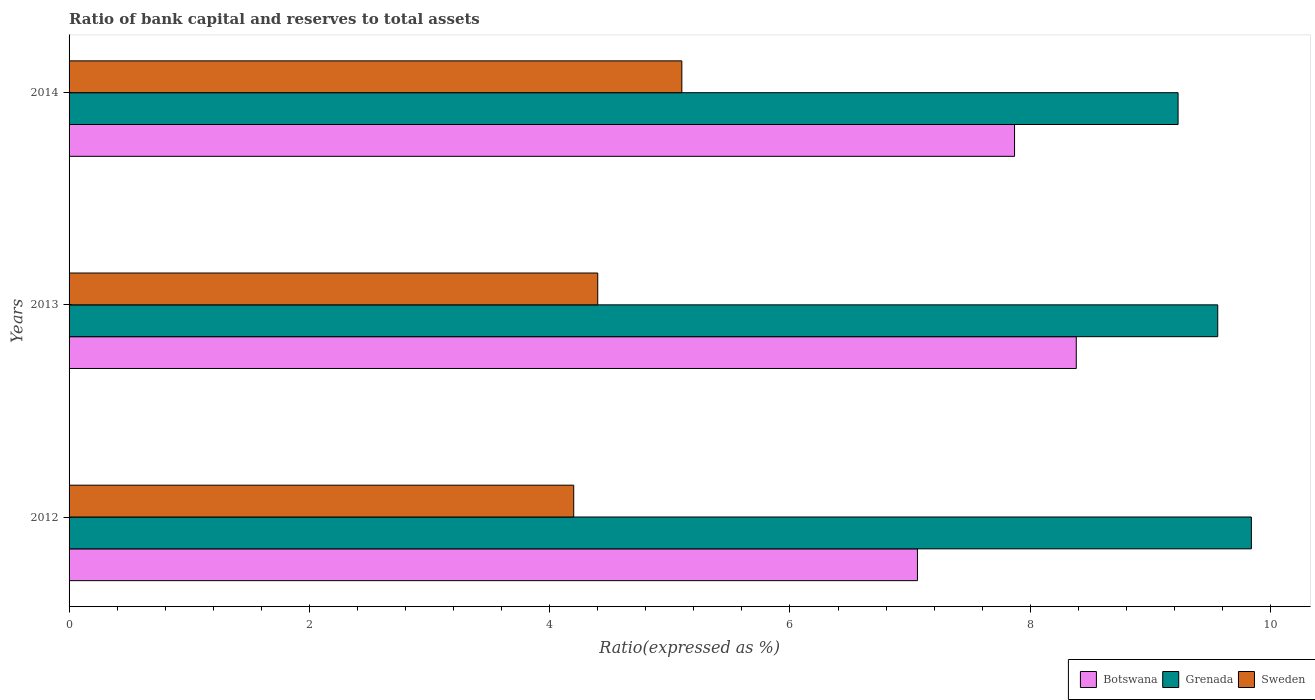
| Years | Botswana | Grenada | Sweden |
 | --- | --- | --- | --- |
 | 2012 | 7.06 | 9.84 | 4.2 |
 | 2013 | 8.38 | 9.56 | 4.4 |
 | 2014 | 7.87 | 9.23 | 5.1 |